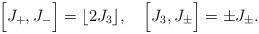
LaTeX: \begin{align*}\Bigl[J_+,J_-\Bigr]=\lfloor 2J_3 \rfloor, \quad\Bigl[J_3,J_\pm\Bigr]=\pm J_\pm.\end{align*}